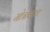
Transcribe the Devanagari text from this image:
गोत्रावयव